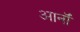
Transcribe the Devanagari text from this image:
आर्नॉ